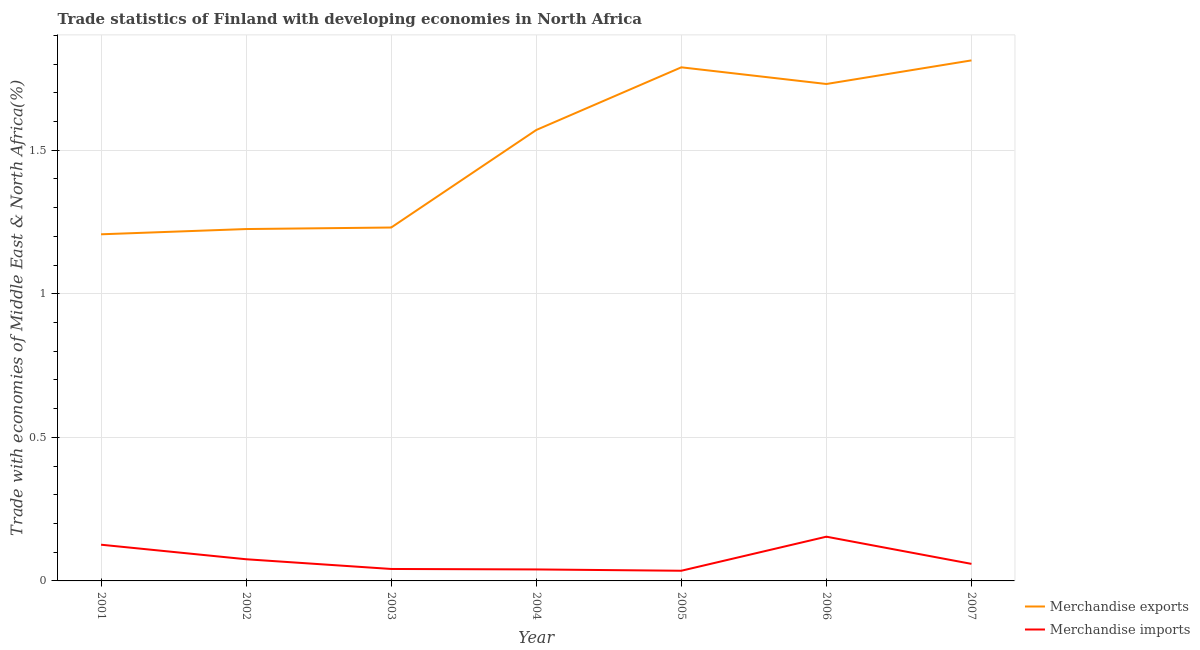
| Year | Merchandise exports | Merchandise imports |
 | --- | --- | --- |
 | 2001 | 1.21 | 0.126 |
 | 2002 | 1.23 | 0.0755 |
 | 2003 | 1.23 | 0.0416 |
 | 2004 | 1.57 | 0.04 |
 | 2005 | 1.79 | 0.0354 |
 | 2006 | 1.73 | 0.154 |
 | 2007 | 1.81 | 0.0594 |